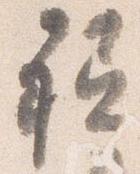
祗